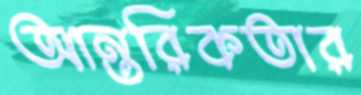
আন্তরিকতার